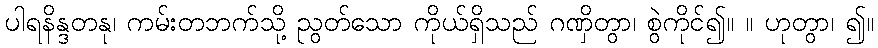
ပါရနိန္ဒတနု၊ ကမ်းတဘက်သို့ ညွတ်သော ကိုယ်ရှိသည် ဂဏှိတွာ၊ စွဲကိုင်၍။ ။ ဟုတွာ၊ ၍။